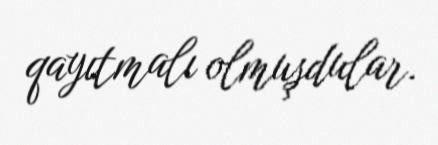
qayıtmalı olmuşdular.